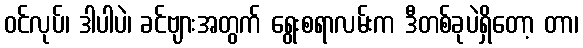
ဝင်လုပ်၊ ဒါပါပဲ၊ ခင်ဗျားအတွက် ရွေးစရာလမ်းက ဒီတစ်ခုပဲရှိတော့ တာ၊